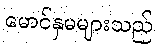
မောင်နှမများသည်